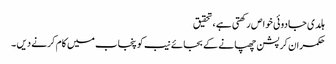
ہلدی جادوئی خوا ص رکھتی ہے ،تحقیق
حکمران کرپشن چھپانے کے بجائے نیب کو پنجاب میں کام کرنے دیں ۔